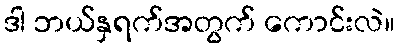
ဒါ ဘယ်နှရက်အတွက် ကောင်းလဲ။